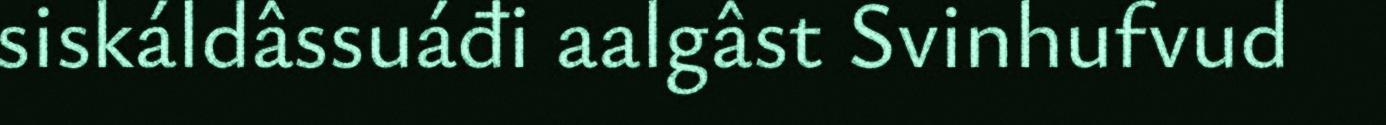
siskáldâssuáđi aalgâst Svinhufvud